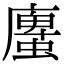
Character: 螷